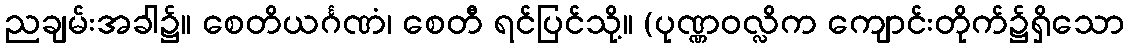
ညချမ်းအခါ၌။ စေတိယင်္ဂဏံ၊ စေတီ ရင်ပြင်သို့။ (ပုဏ္ဏဝလ္လိက ကျောင်းတိုက်၌ရှိသော